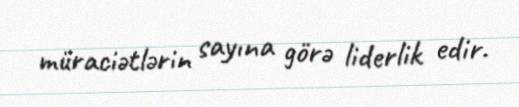
müraciətlərin sayına görə liderlik edir.